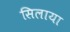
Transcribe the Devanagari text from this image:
सिलाया